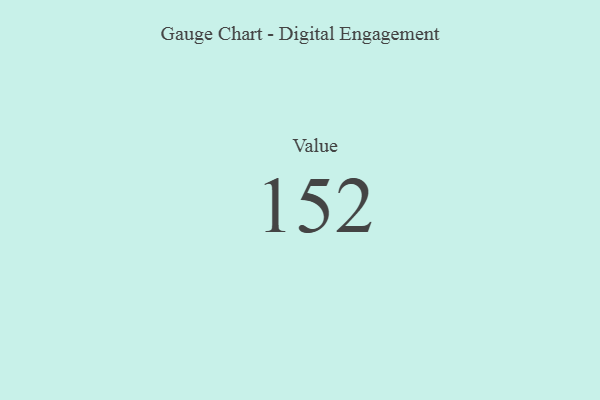
{"axis": {"x": "Metric", "y": "Value"}, "legend": [""], "data": [{"x": "Value", "y": 152, "type": ""}]}